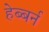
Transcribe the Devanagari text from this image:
हेब्बर्न